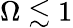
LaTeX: \Omega\lesssim 1